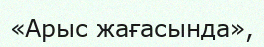
«Арыс жағасында»,